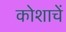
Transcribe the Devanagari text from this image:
कोशाचें